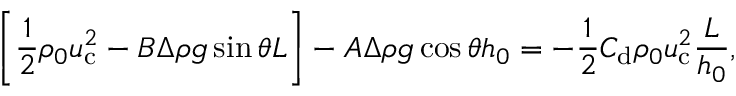
\left[ \frac { 1 } { 2 } \rho _ { 0 } u _ { \mathrm { c } } ^ { 2 } - B \Delta \rho g \sin \theta L \right] - A \Delta \rho g \cos \theta h _ { 0 } = - \frac { 1 } { 2 } C _ { \mathrm { d } } \rho _ { 0 } u _ { \mathrm { c } } ^ { 2 } \frac { L } { h _ { 0 } } ,